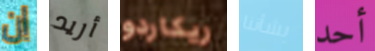
ان أريد ريكاردو بشأننا أحد